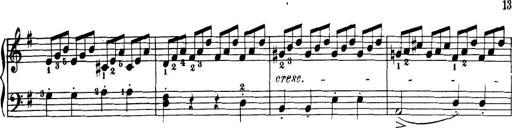
Title: 32 Sonatinas and Rondos for the Piano
Composer: Richard Kleinmichel